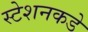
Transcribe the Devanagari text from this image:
स्टेशनकडे